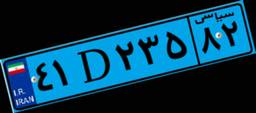
۴۱D۲۳۵۸۲